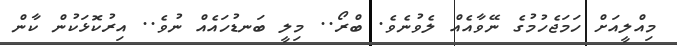
މިއްލީއަށް ހަމަޖެހުމުގެ ނޭވާއެއް ލެވުނެވެ. ބްރޯ.. މިލީ ބަނޑުހައެއް ނުވެ.. އިރުކޮޅަކުން ކާން